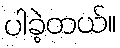
ပါခဲ့တယ်။